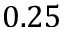
0 . 2 5